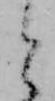
と